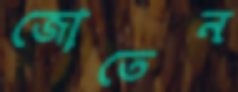
জোতেন